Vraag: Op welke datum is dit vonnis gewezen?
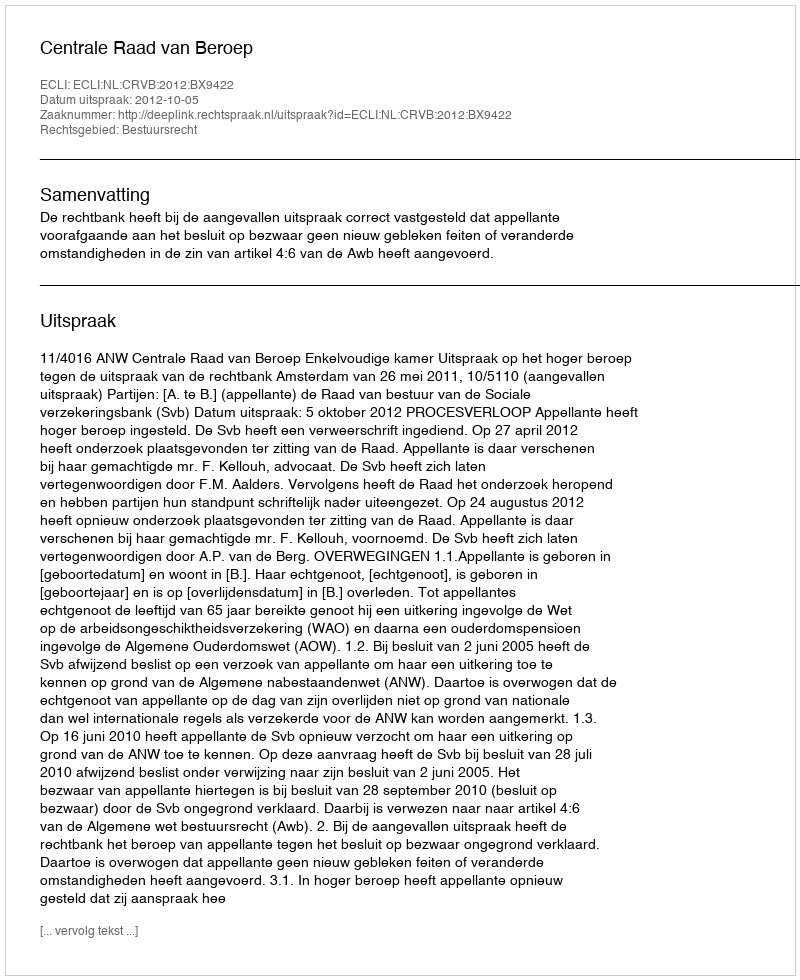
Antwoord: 2012-10-05